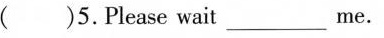
( )5.Please wait___me.